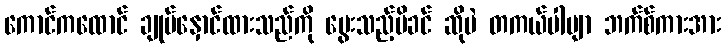
ကောင်ကထောင် ချုပ်နှောင်ထားသည်ကို မွေးသည့်မိခင် ဆိုပဲ တကယ်ပါဗျာ ဘက်စ်ကားအား